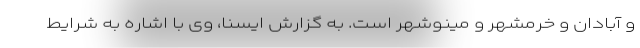
و آبادان و خرمشهر و مینوشهر است. به گزارش ایسنا، وی با اشاره به شرایط